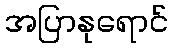
အပြာနုရောင်